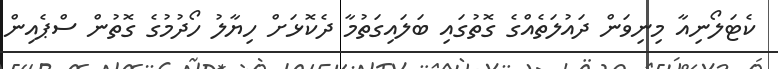
ކެޓަލޯނިއާ މިނިވަން ދައުލަތެއްގެ ގޮތުގައި ބަލައިގަތުމާ ދެކޮޅަށް ހިޔާލު ހޯދުމުގެ ގޮތުން ސްޕެއިން